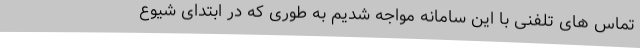
تماس های تلفنی با این سامانه مواجه شدیم به طوری که در ابتدای شیوع